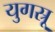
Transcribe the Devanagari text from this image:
युगस्रू